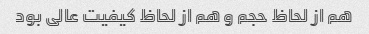
هم از لحاظ حجم و هم از لحاظ کیفیت عالی بود